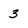
Character: 3